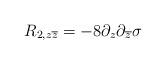
LaTeX: \begin{align*}R_{2,z\overline{z}}=-8\partial _z\partial _{\overline{z}}{\rm \sigma }\end{align*}